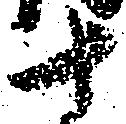
十